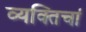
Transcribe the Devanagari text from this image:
व्यक्तिचां